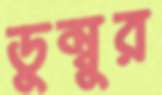
ডুম্বুর